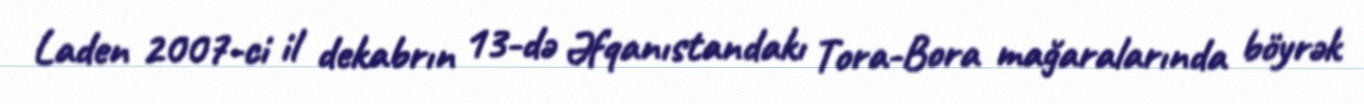
Laden 2007-ci il dekabrın 13-də Əfqanıstandakı Tora-Bora mağaralarında böyrək